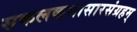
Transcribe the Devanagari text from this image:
सकलकथासारसंग्रहम्